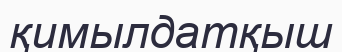
қимылдатқыш